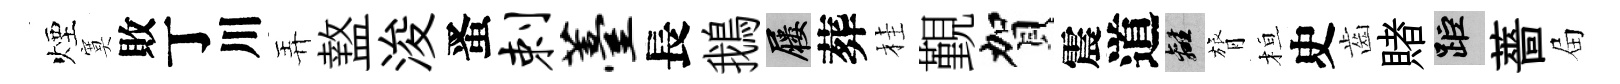
煙寞敗丁川弄盩浚󱉠剌薹長鵝屨葬桂覲賀震道離膂桓史齒賭距薔屇